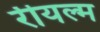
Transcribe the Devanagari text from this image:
रीयल्म